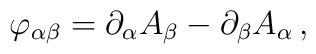
\varphi_{\alpha\beta}=\partial_{\alpha}A_{\beta}-\partial_{\beta}A_{\alpha}\,,